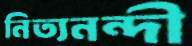
নিত্যনন্দী